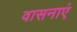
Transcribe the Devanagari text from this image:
वासनाएं